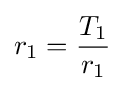
r_{1}={\frac {T_{1}}{r_{1}}}